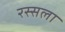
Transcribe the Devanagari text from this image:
रस्सला